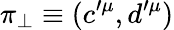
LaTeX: \pi_{\perp}\equiv(c^{\prime\mu},d^{\prime\mu})